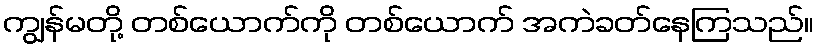
ကျွန်မတို့ တစ်ယောက်ကို တစ်ယောက် အကဲခတ်နေကြသည်။